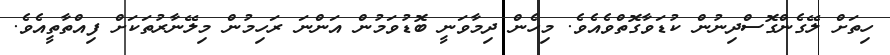
ހިތަށް ލޭގެންގޮސްދިނުން ކުޑަވާގޮތްވެއެވެ. މިހެން ދިމާވަނީ ބޮޑުވަމުން އަންނަ ރަހިމުން މިލޭނާރުތަކަށް ފިއްތާތީއެވެ.